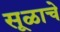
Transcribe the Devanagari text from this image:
सूळाचे